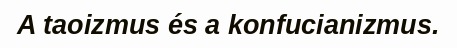
A taoizmus és a konfucianizmus.